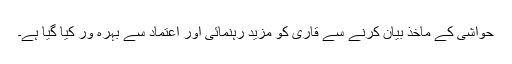
حواشی کے ماخذ بیان کرنے سے قاری کو مزید رہنمائی اور اعتماد سے بہرہ ور کیا گیا ہے۔